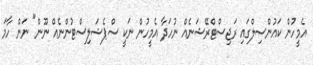
އެމީހުން ކައުންސިލްގައި ރަޖިސްޓްރޭޝަނެއް ނުހަދާ އެމީހުން ނަކީ ސްޕެޝަލިސްޓުންނެއް ނޫން" ނަން ހާމަ